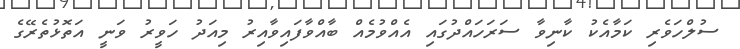
ސުލްހަވެރި ކަމާއެކު ކާނިވާ ސަރަހައްދުގައި އެއްވުމެއް ބާއްވާފައިވާއިރު މިއަދު ހަވީރު ވަނީ އަތޮޅުތެރޭގެ